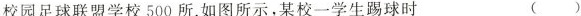
校园足球联盟学校500所。如图所示，某校一学生踢球时 ()